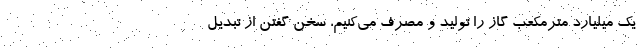
یک میلیارد مترمکعب گاز را تولید و مصرف می‌کنیم، سخن گفتن از تبدیل